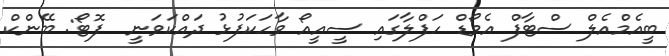
ބީއެމްއެލް ސްޓާފް އެވޯޑް ހަފްލާގައި ސީއީއޯ ވާހަކަފުޅު ދައްކަވަނީ  ފޮޓޯ: ބޭންކް